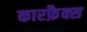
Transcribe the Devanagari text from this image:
कारफ़ैक्स